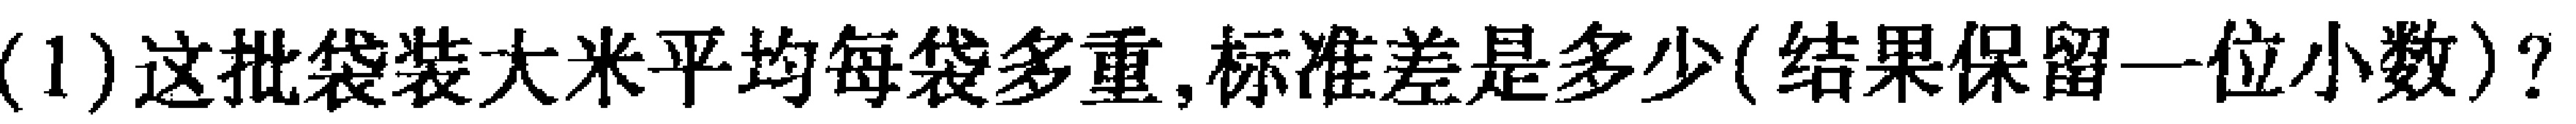
(1)这批袋装大米平均每袋多重,标准差是多少(结果保留一位小数)?